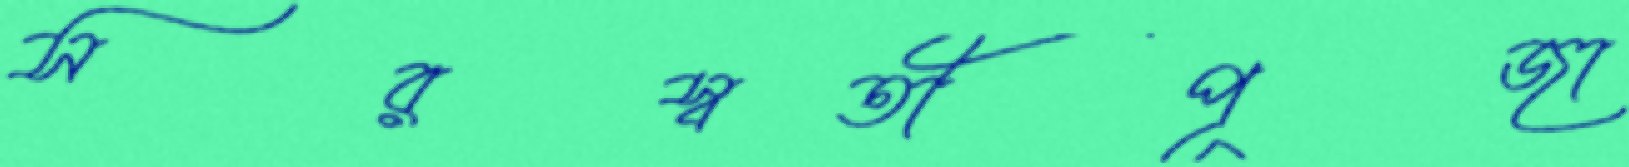
সরস্বতীপূজা